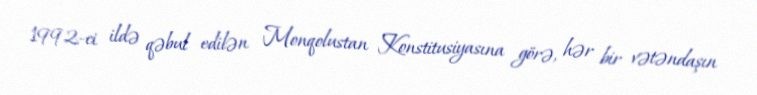
1992-ci ildə qəbul edilən Monqolustan Konstitusiyasına görə, hər bir vətəndaşın